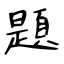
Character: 題